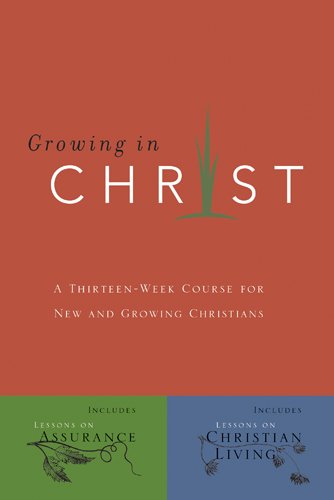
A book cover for Growing In Christ: A Thirteen-Week Follow-Up Course for New and Growing Christians; Christian Books & Bibles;